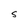
Character: S